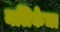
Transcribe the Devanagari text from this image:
नलिकेचा